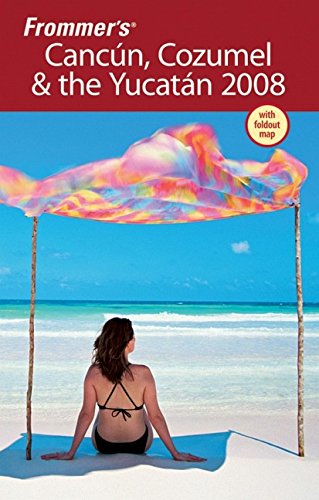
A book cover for Frommer's Cancun, Cozumel & the Yucatan 2008 (Frommer's Complete Guides); David Baird; Travel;